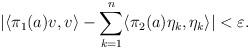
LaTeX: \begin{align*}\vert\langle\pi_1(a)v,v\rangle-\sum_{k=1}^n\langle\pi_2(a)\eta_k,\eta_k\rangle\vert<\varepsilon. \end{align*}